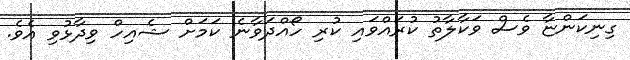
ގިނިކަންޏާ ވެސް ވަކާލާތު ކުރައްވައި ކުރި ހޯއްދަވާނެ ކަމަށް ޝެއިހް ވިދާޅުވި އެވެ.